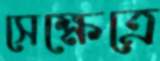
সেক্ষেত্রে